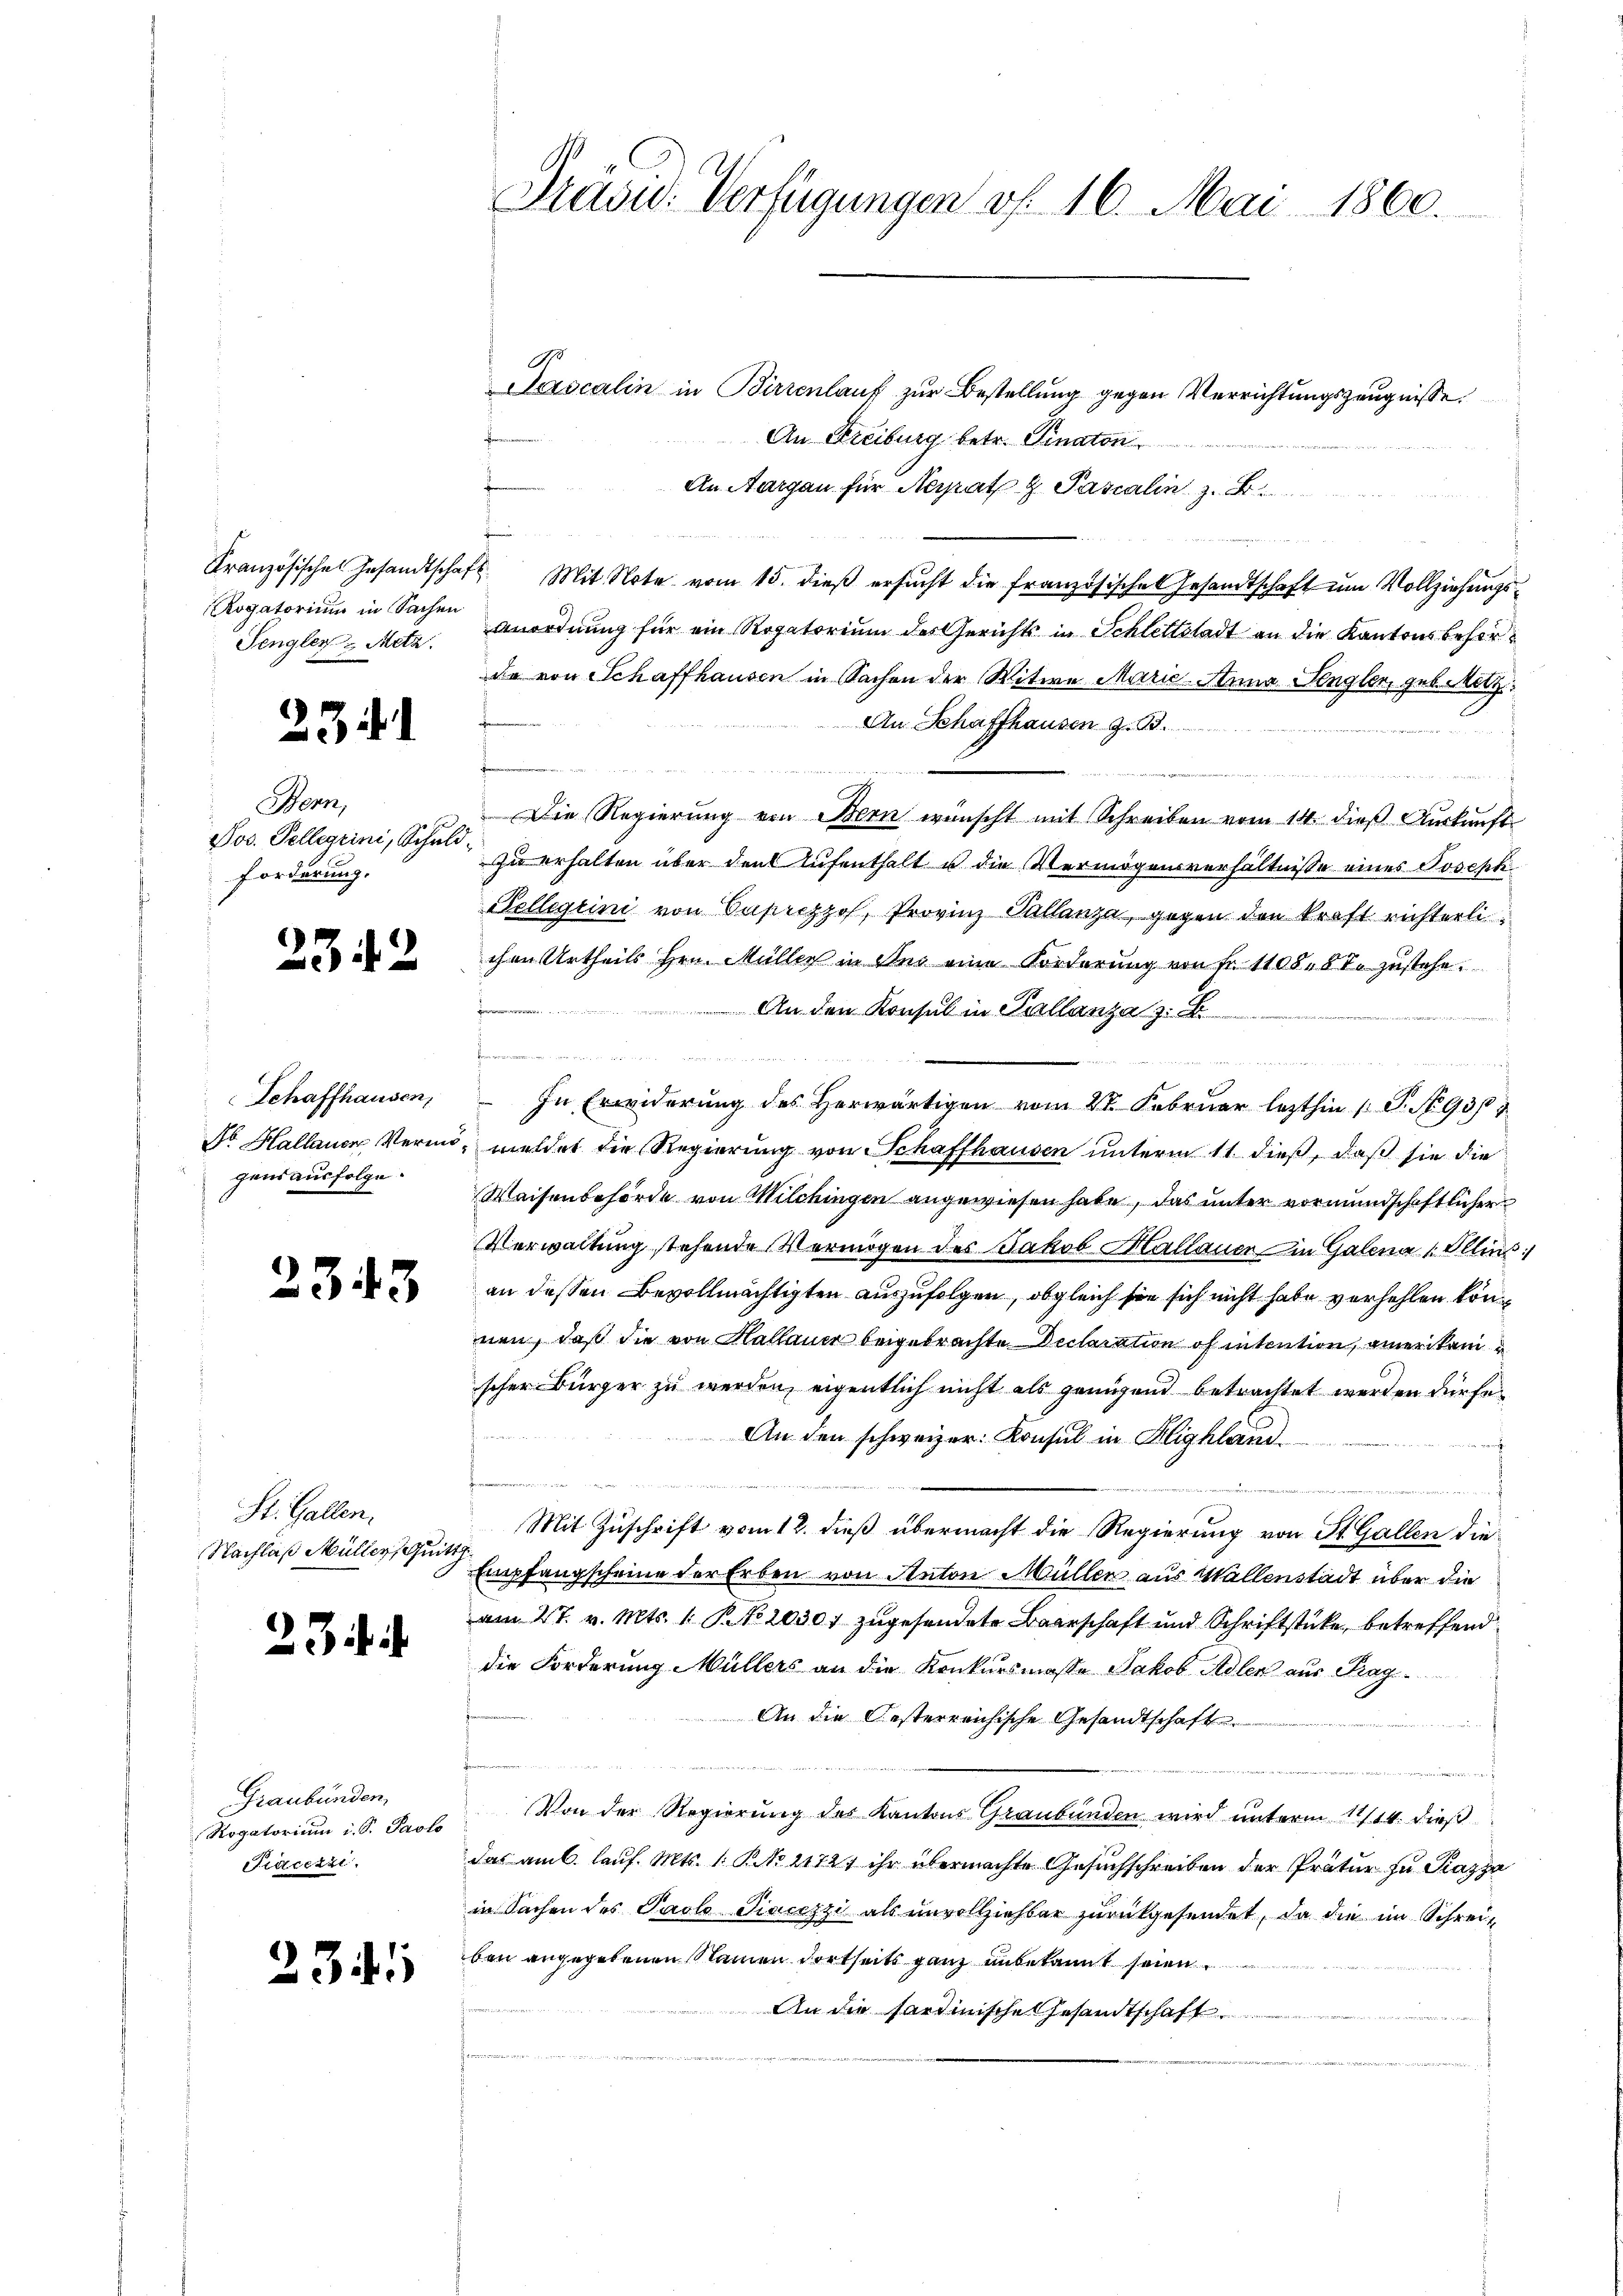
Rogatorium in Sachen
Sengler - Metz.

234. 1

Bern,
Jos. Pellerini, Schuld-
Forderung.

2342

Schaffhausen,
gens ausfolge.

2343

St. Gallen.
Nachlaß Müller, Quitt

23

Graubünden
Rogatorium i. S. Pasto
Piecezzi.

2341

Sascalin in Birrenlauf zur Bestellung gegen Verrichtungszeugnisse.
An Freiburg betr. Finaton
An Aargau für Nerath & Pascalin z. B
¬
Französische Gesandtschaft. Mit Note vom 15. dieβ ersŭcht die französische Gesandtschaft ŭm Vollziehŭngs-
Anordnung für ein Rogatorium des Gerichts in Schlettstadt an die Kantonsbehörde von Schaffhausen in Sachen der Witwe Marić-Anna Sengler, geb. Metz
An Schaffhausen z. B.
a
d
Die Regierung von Bern wünscht mit Schreiben vom 14. dieß Auskunft
zu erhalten über den Aufenthalt u die Vermögensverhältnisse eines Joseph
Kellegiini von Caseczhof, Provinz Tullanza, gegen den kraft richterli
chen Urtheils Hrn. Müller in Uns eine Forderung von Fr. 1108. 67. zustehe.
An den Konsul in Kallanza z.

we in dem man u. ange
In Erwiderŭng des herwärtigen vom 27. Febrŭar lezthin 1 S. No 930
Do Hallauen Vermin meldet die Regierung von Schaffhausen unterm 11. dieß, daß sie die
Waisenbehörde von Milchingen angewiesen habe, das unter vormundschaftlicher
Verwaltung stehende Vermögen des Jakob Mallauer in Galena Ellins
an dessen Bevollmächtigten auszufolgen, obgleich sie sich nicht habe verhehlen können, daß die von Hallauer beigebrachte Declaration of intention, amerikanscher Bürger zu werden, eigentlich nicht als genügend betrachtet werden dürfe.
An den schweizer. Konsul in Highland
m
Mit Zuschrift vom 12. dieß übermacht die Regierung von St. Gallen die
 Empfangscheine der Erben von Anton Müller aus Wallenstadt über die
am 27. v. Mts. 1. P. No 1030 zugesendete Baarschaft und Schriftstücke, betreffend
die Forderung Müllers an die Konkursmasse Jakob Adler aus Trag
An die Oesterreichische Gesandtschaft
h
Von der Regierung des Kantons Graubünden wird unterm 11/14. dieß
.
das am 6. lauf. Mts. 1. P. No 21721 ihr übermachte Gesuchschreiben der Prätur zu Kazja
in Sachen des Paolo Tiacezzi als unvollziehbar zurückgesendet, da die im Schreiben angegebenen Namen dortseits ganz unbekannt seien.
An die Sardinische Gesandtschaft

Präsid. Verfügungen v. 16. Mai 1860.

e